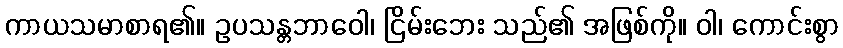
ကာယသမာစာရ၏။ ဥပသန္တဘာဝေါ၊ ငြိမ်းဘေး သည်၏ အဖြစ်ကို။ ဝါ၊ ကောင်းစွာ